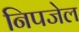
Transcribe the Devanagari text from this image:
निपजेल